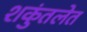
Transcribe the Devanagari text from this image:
शकुंतलेत